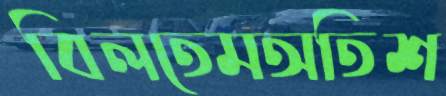
বিলতেমঅতিশ